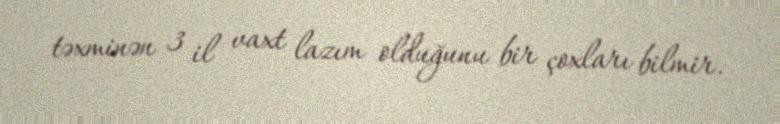
təxminən 3 il vaxt lazım olduğunu bir çoxları bilmir.